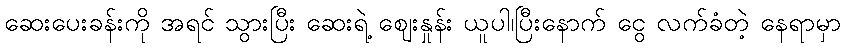
ဆေးပေးခန်းကို အရင် သွားပြီး ဆေးရဲ့ ဈေးနှုန်း ယူပါ၊ပြီးနောက် ငွေ လက်ခံတဲ့ နေရာမှာ